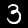
Label: 3